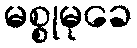
မစ္စုမုခေ